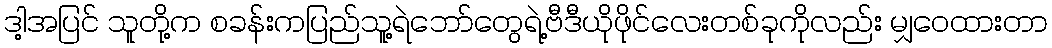
ဒါ့အပြင် သူတို့က စခန်းကပြည်သူ့ရဲဘော်တွေရဲ့ဗီဒီယိုဖိုင်လေးတစ်ခုကိုလည်း မျှဝေထားတာ